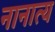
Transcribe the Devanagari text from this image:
नानात्य